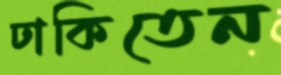
ঢাকিতেন